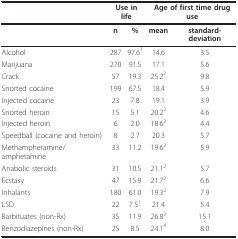
|  | <COLSPAN=2> Use in life | <COLSPAN=2> Age of first time drug use |
 | --- | --- | --- | --- | --- |
 |  | n | % | mean | standard-deviation |
 | Alcohol | 287 | 97.61 | 14.6 | 3.5 |
 | Marijuana | 270 | 91.5 | 17.1 | 5.6 |
 | Crack | 57 | 19.3 | 25.22 | 9.8 |
 | Snorted cocaine | 199 | 67.5 | 18.4 | 5.9 |
 | Injected cocaine | 23 | 7.8 | 19.1 | 3.9 |
 | Snorted heroin | 15 | 5.1 | 20.22 | 4.6 |
 | Injected heroin | 6 | 2.0 | 18.62 | 4.4 |
 | Speedball (cocaine and heroin) | 8 | 2.7 | 20.3 | 5.7 |
 | Methamphetamine/amphetamine | 33 | 11.2 | 19.62 | 5.9 |
 | Anabolic steroids | 31 | 10.5 | 21.12 | 5.7 |
 | Ecstasy | 47 | 15.9 | 21.72 | 6.6 |
 | Inhalants | 180 | 61.0 | 19.32 | 7.9 |
 | LSD | 22 | 7.51 | 21.4 | 5.4 |
 | Barbituates (non-Rx) | 35 | 11.9 | 26.83 | 15.1 |
 | Benzodiazepines (non-Rx) | 25 | 8.5 | 24.14 | 8.0 |